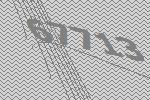
67713